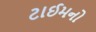
ટાઈમનો